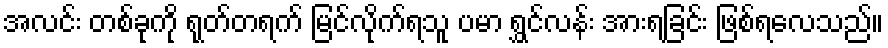
အလင်း တစ်ခုကို ရုတ်တရက် မြင်လိုက်ရသူ ပမာ ရွှင်လန်း အားရခြင်း ဖြစ်ရလေသည်။